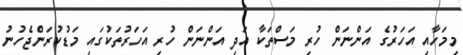
މިމަހާއި އަހަރުގެ އަންނަން ހުރި މަސްތަކާ އަދި އަންނަން ހުރި އަހަރުތަކުގައި މަޑުކުރަންޖެހުނު